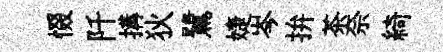
惙阡搆狄鷺婕岑拚茶奈綺